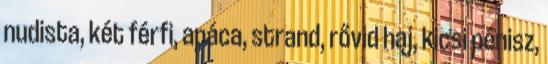
nudista, két férfi, apáca, strand, rővid haj, kicsi pénisz,